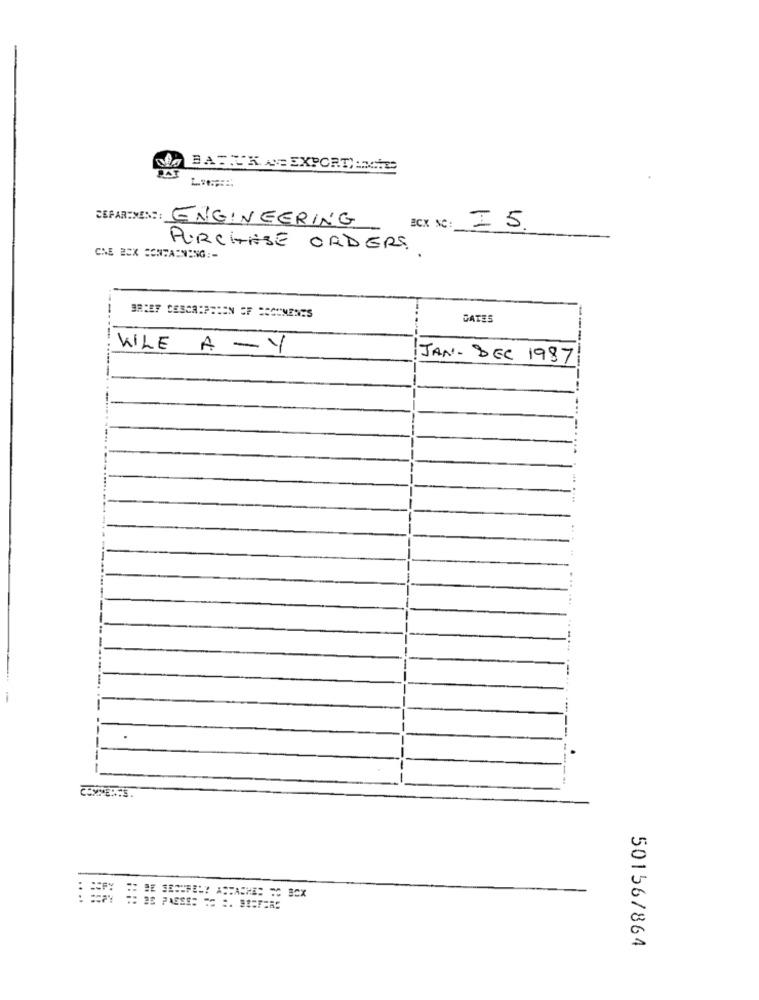
BARTKA: EXPORT, : NIE
CEPAR:MEN ::
ENGINEERING
ECX NC:
10
IS.
PURCHASE ORDERS .
CNE BOX CONTAINING :-
BRIEF DESCRIPTION OF DOCUMENTS
GATES
WILE A -Y
JAN-DEC 1987
: 28 PAESE: == :. #1=7285
50156/864